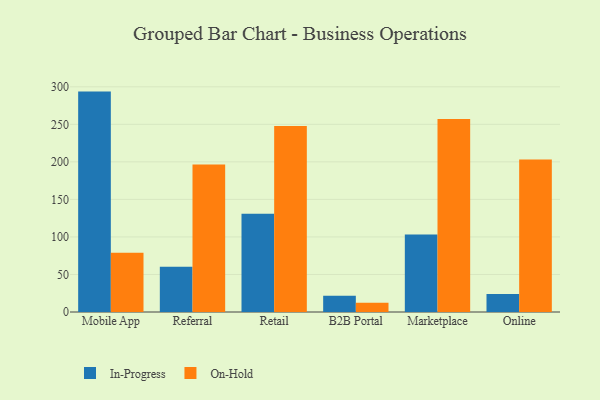
{"axis": {"x": "Channel", "y": "Gross Profit (USD K)"}, "legend": ["In-Progress", "On-Hold"], "data": [{"x": "Mobile App", "y": 293.6, "type": "In-Progress"}, {"x": "Mobile App", "y": 78.8, "type": "On-Hold"}, {"x": "Referral", "y": 60.2, "type": "In-Progress"}, {"x": "Referral", "y": 196.5, "type": "On-Hold"}, {"x": "Retail", "y": 130.9, "type": "In-Progress"}, {"x": "Retail", "y": 247.8, "type": "On-Hold"}, {"x": "B2B Portal", "y": 21.5, "type": "In-Progress"}, {"x": "B2B Portal", "y": 12.4, "type": "On-Hold"}, {"x": "Marketplace", "y": 103.3, "type": "In-Progress"}, {"x": "Marketplace", "y": 257.1, "type": "On-Hold"}, {"x": "Online", "y": 23.9, "type": "In-Progress"}, {"x": "Online", "y": 203.0, "type": "On-Hold"}]}